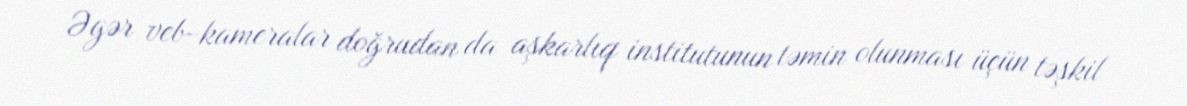
Əgər veb-kameralar doğrudan da aşkarlıq institutunun təmin olunması üçün təşkil